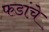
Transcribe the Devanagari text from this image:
फडांचे